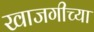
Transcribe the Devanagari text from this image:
खाजगीच्या